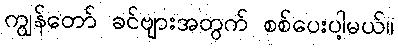
ကျွန်တော် ခင်ဗျားအတွက် စစ်ပေးပါ့မယ်။